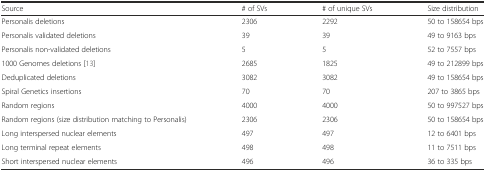
<table><thead><tr><td><b>Source</b></td><td><b># of SVs</b></td><td><b># of unique SVs</b></td><td><b>Size distribution</b></td></tr></thead><tbody><tr><td>Personalis deletions</td><td>2306</td><td>2292</td><td>50 to 158654 bps</td></tr><tr><td>Personalis validated deletions</td><td>39</td><td>39</td><td>49 to 9163 bps</td></tr><tr><td>Personalis non-validated deletions</td><td>5</td><td>5</td><td>52 to 7557 bps</td></tr><tr><td>1000 Genomes deletions [13]</td><td>2685</td><td>1825</td><td>49 to 212899 bps</td></tr><tr><td>Deduplicated deletions</td><td>3082</td><td>3082</td><td>49 to 158654 bps</td></tr><tr><td>Spiral Genetics insertions</td><td>70</td><td>70</td><td>207 to 3865 bps</td></tr><tr><td>Random regions</td><td>4000</td><td>4000</td><td>50 to 997527 bps</td></tr><tr><td>Random regions (size distribution matching to Personalis)</td><td>2306</td><td>2306</td><td>50 to 158654 bps</td></tr><tr><td>Long interspersed nuclear elements</td><td>497</td><td>497</td><td>12 to 6401 bps</td></tr><tr><td>Long terminal repeat elements</td><td>498</td><td>498</td><td>11 to 7511 bps</td></tr><tr><td>Short interspersed nuclear elements</td><td>496</td><td>496</td><td>36 to 335 bps</td></tr></tbody></table>